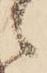
ゝ